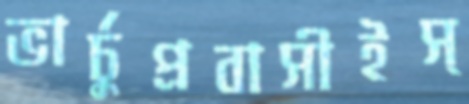
ভার্চুপ্রবাসীইস্